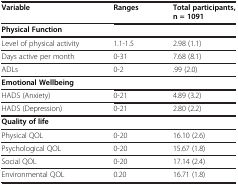
<table><thead><tr><td><b>Variable</b></td><td><b>Ranges</b></td><td><b>Total participants, n = 1091</b></td></tr></thead><tbody><tr><td><b>Physical Function</b></td><td> </td><td> </td></tr><tr><td>Level of physical activity</td><td>1.1-1.5</td><td>2.98 (1.1)</td></tr><tr><td>Days active per month</td><td>0-31</td><td>7.68 (8.1)</td></tr><tr><td>ADLs</td><td>0-2</td><td>.99 (2.0)</td></tr><tr><td><b>Emotional Wellbeing</b></td><td> </td><td> </td></tr><tr><td>HADS (Anxiety)</td><td>0-21</td><td>4.89 (3.2)</td></tr><tr><td>HADS (Depression)</td><td>0-21</td><td>2.80 (2.2)</td></tr><tr><td><b>Quality of life</b></td><td> </td><td> </td></tr><tr><td>Physical QOL</td><td>0-20</td><td>16.10 (2.6)</td></tr><tr><td>Psychological QOL</td><td>0-20</td><td>15.67 (1.8)</td></tr><tr><td>Social QOL</td><td>0-20</td><td>17.14 (2.4)</td></tr><tr><td>Environmental QOL</td><td>0.20</td><td>16.71 (1.8)</td></tr></tbody></table>